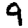
Digit: 9